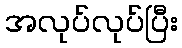
အလုပ်လုပ်ပြီး